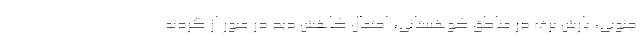
جنوبی، بارش برف در مناطق کوهستانی، احتمال کاهش دید در عبور از گردنه